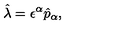
\hat { \lambda } = \epsilon ^ { \alpha } \hat { p } _ { \alpha } ,